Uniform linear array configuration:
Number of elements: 12
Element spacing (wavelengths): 0.5
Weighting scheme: hann
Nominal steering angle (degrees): -15
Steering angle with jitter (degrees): -13.61
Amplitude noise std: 0.05
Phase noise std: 0.05

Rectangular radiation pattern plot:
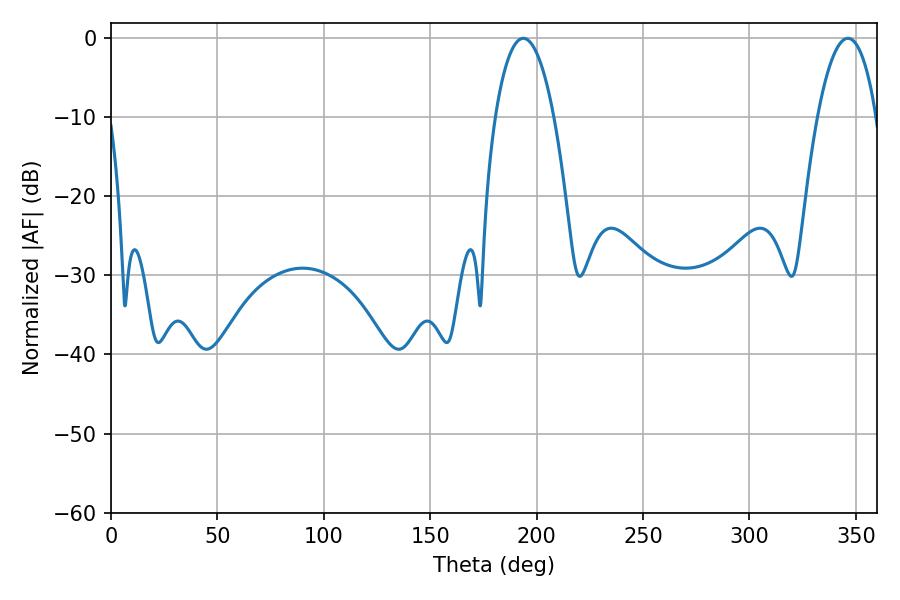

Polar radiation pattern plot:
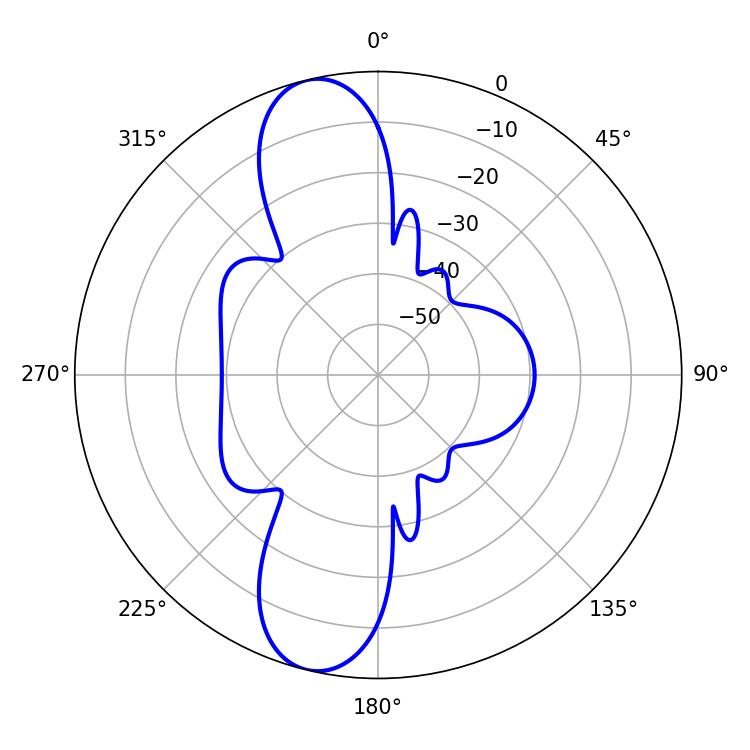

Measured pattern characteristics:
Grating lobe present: FALSE
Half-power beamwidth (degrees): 15.48
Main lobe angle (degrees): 193.68